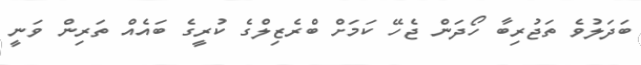
ބަދަލުވެ ތަޖުރިބާ ހޯދަން ޖެހޭ ކަމަށް ބްރެޒިލްގެ ކުރީގެ ބައެއް ތަރިން ވަނީ